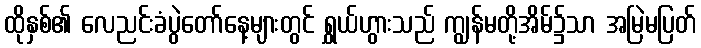
ထိုနှစ်၏ လေညင်းခံပွဲတော်နေ့များတွင် ရွှယ်ဟွားသည် ကျွန်မတို့အိမ်၌သာ အမြဲမပြတ်